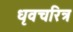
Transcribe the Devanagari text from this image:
धृवचरित्र